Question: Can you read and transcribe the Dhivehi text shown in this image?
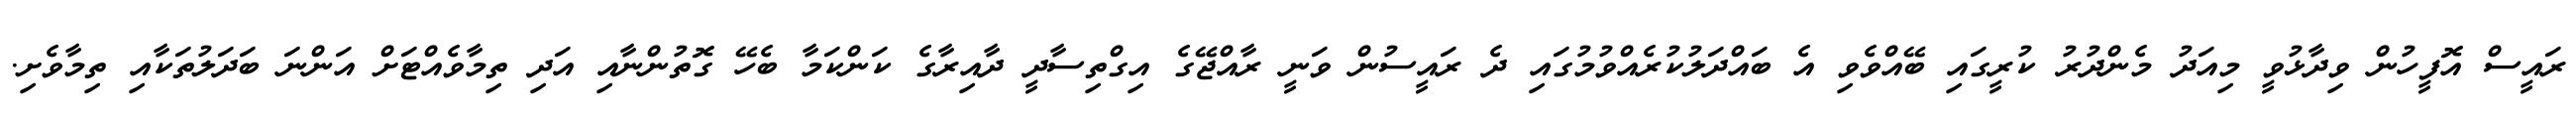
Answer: ރައީސް އޮފީހުން ވިދާޅުވީ މިއަދު މެންދުރު ކުރީގައި ބޭއްވެވި އެ ބައްދަލުކުރެއްވުމުގައި ދެ ރައީސުން ވަނީ ރާއްޖޭގެ އިގްތިސާދީ ދާއިރާގެ ކަންކަމާ ބެހޭ ގޮތުންނާއި އަދި ތިމާވެއްޓަށް އަންނަ ބަދަލުތަކާއި ތިމާވެށި.